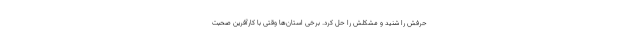
حرفش را شنید و مشکلش را حل کرد. برخی استان‌ها وقتی با کارآفرین صحبت